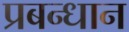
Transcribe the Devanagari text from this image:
प्रबन्धान